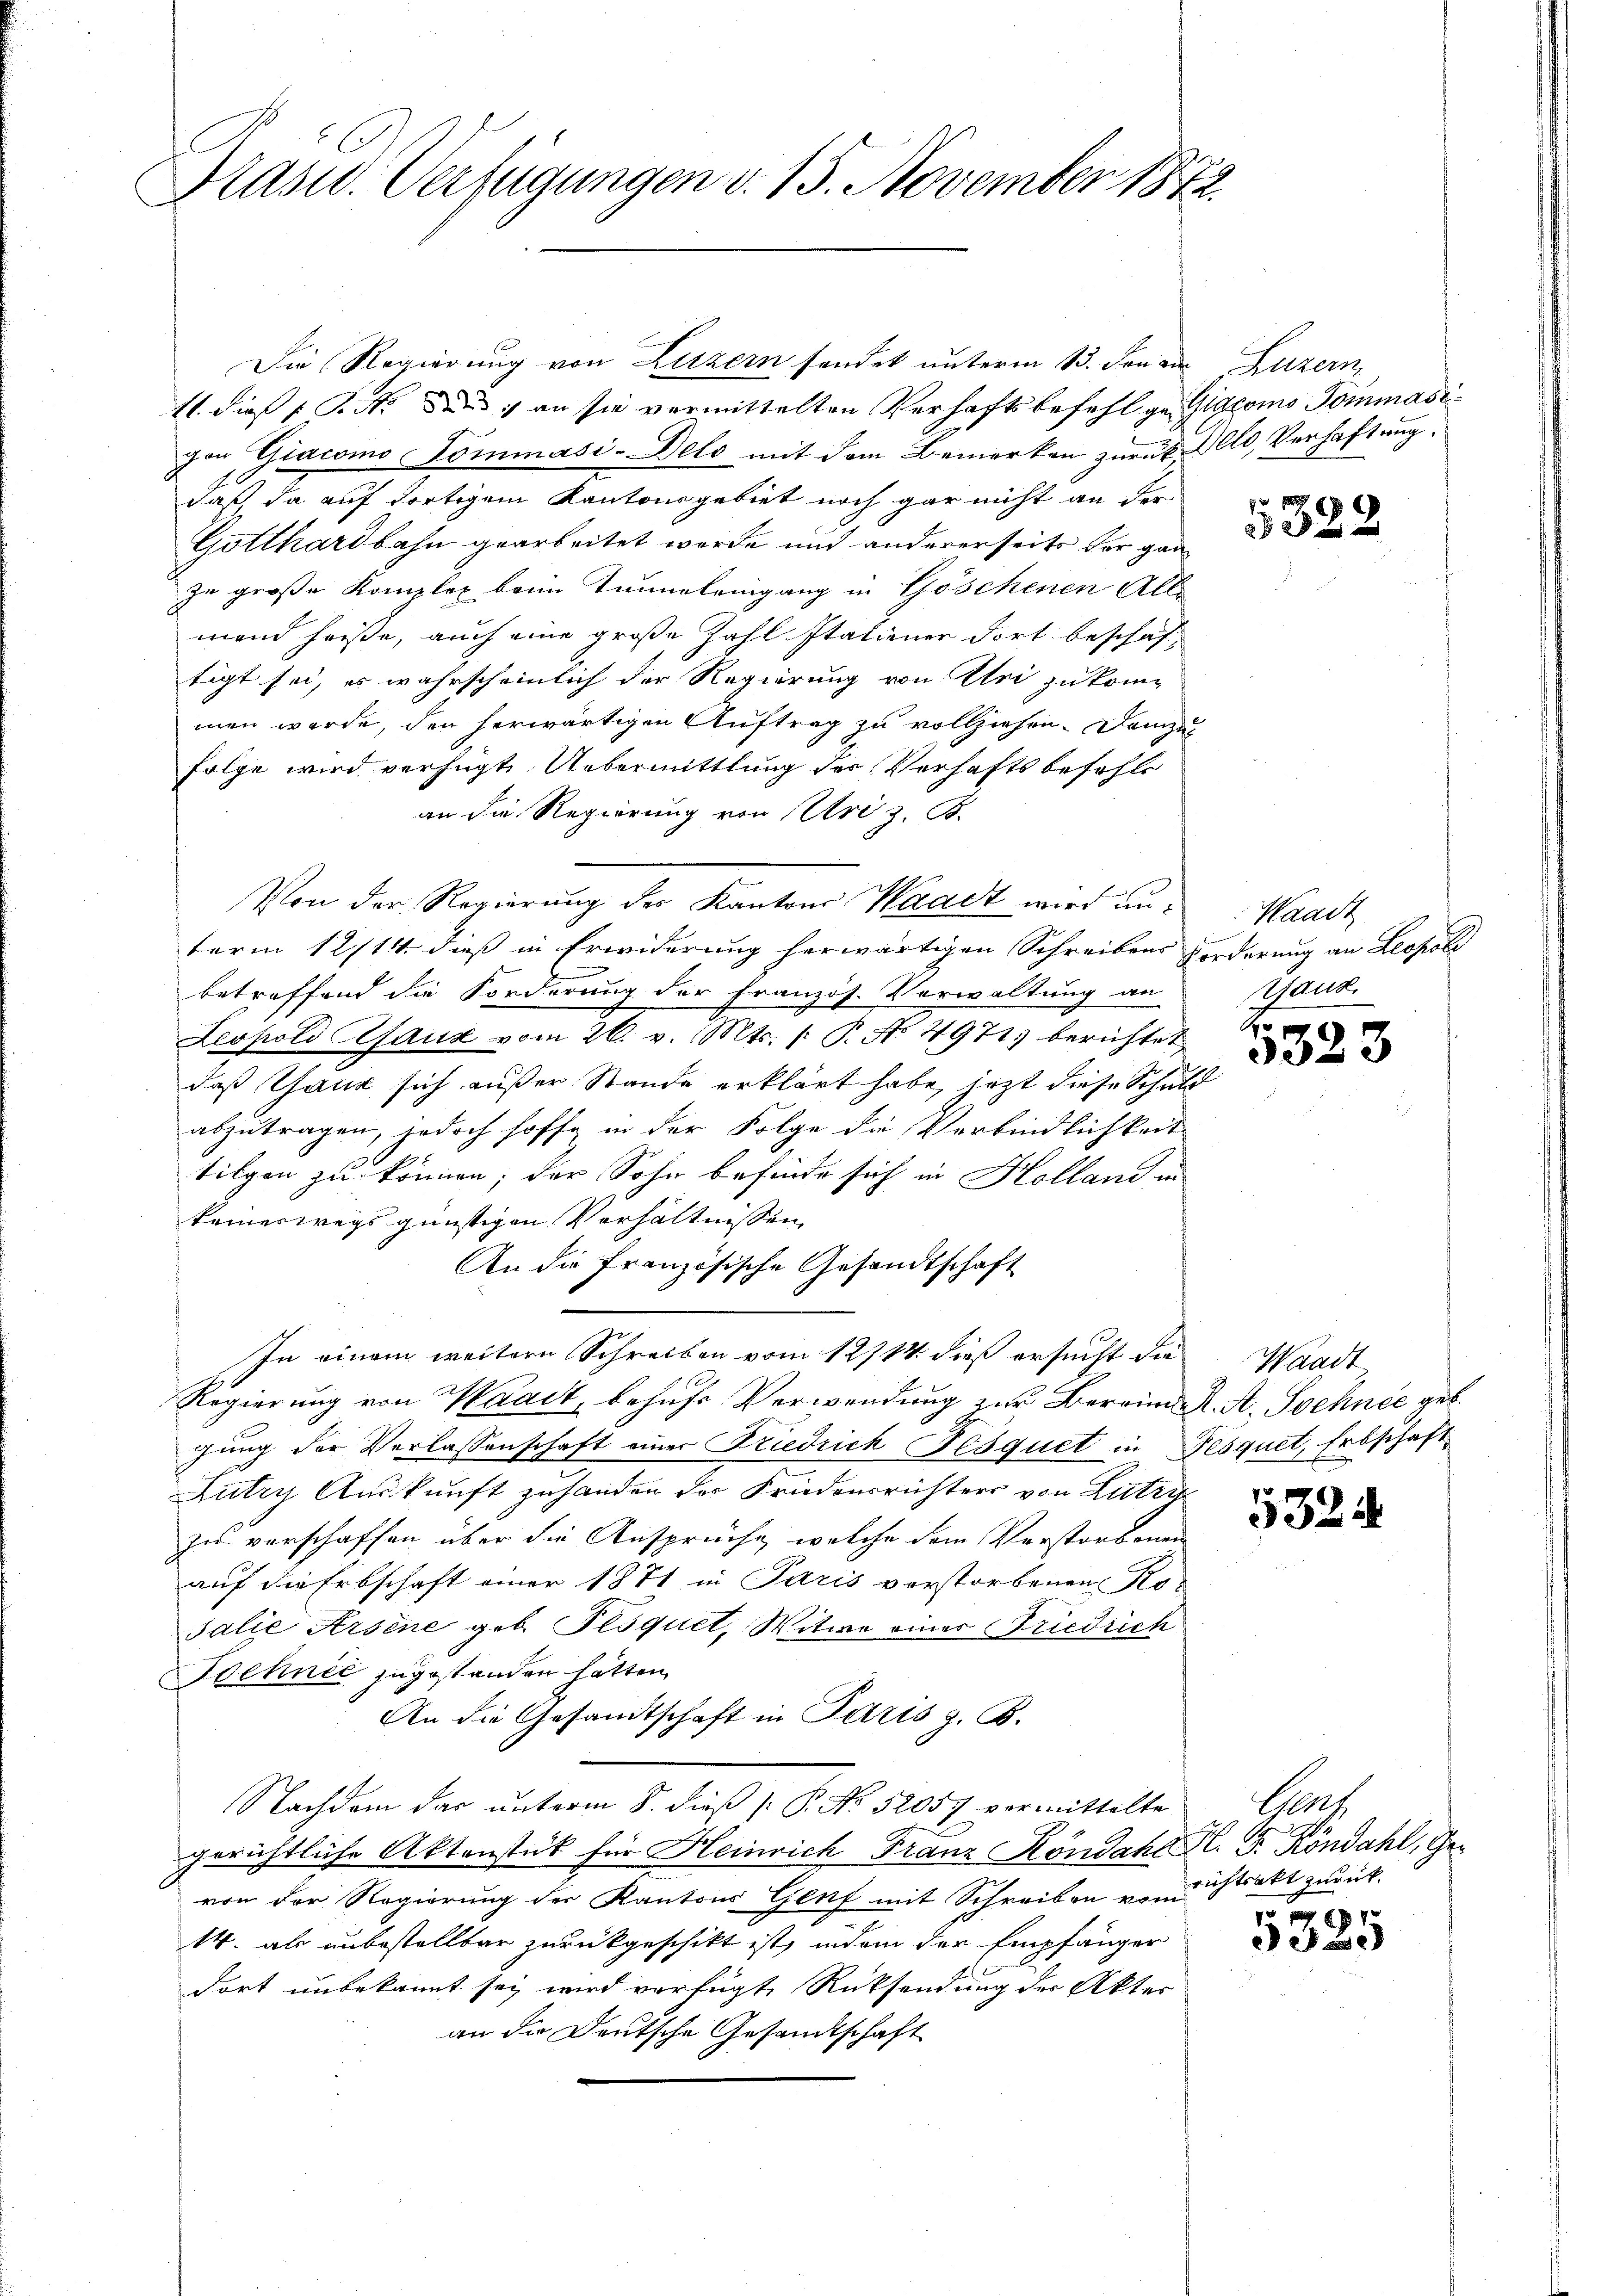
Präsid. Verfügungen d. 15. November 1872.

Die Regierung von Luzern sondet unterm 13. den an Luzern,
11. dies P. M. das an sie vermittelten Verhaftsbefehl ge- Giacomo dommasivon Giacomo Sömmasi-Delo mit dem Bemerken zurück. Allo, Verhaftung.
daß, da auf fortigem Kantonsgebiet noch gar nicht an der
Gotthardbahn gearbeitet werde und andererseits der ganz
zu große Komplex beim Tunneleingang in Göschenen Alle
mend heiße, auch eine große Zahl stationen dort beschaftigt sei, es wahrscheinlich der Regierung von Sei zukommen werde, den herwärtigen Auftrag zu vollziehen. Danzi
folge wird verfügte Uebermittlung der Verhaftsbefehls
an die Regierung von Uri z. B.
Von der Regierung des Kantons Waadt wird unterm 12/14. dieß in Erwiderung herwärtigen Schreibens Forderung an Leopoli
wer
betreffend die Forderung der französ. Verwaltung an
Leopold Afauz vom 26. v. Mts. 1. P. No 4971) berichtet
daß Tanz sich außer Stande erklärt habe, jezt diese Schuld
abzutragen, jedoch hoffe in der Folge die Verbindlichkeit
tilgen zu können; der Sohn befinde sich in Holland in
keineswegs günstigen Verhältnissen
An die französische Gesandtschaft
2
In einem weitere Schreiben vom 12/14. dieß ersucht die Waadt
Regierung von Waadt, behufs Verwendung zur Berein A. A. Schnee geb.
gung der Verlassenschaft einer Friedrich Fesquet in Fesquet, Erbschaft
Lutry Auskunft zu handen der Friedensrichters von Lutzig
zu verschaffen über die Ansprüche, welche dem Verstorbenen
auf die Erbschaft einer 1871 in Paris verstorbenen Ko-
salie Arsene geb. Fesquet, Witwe einer Friedrich
Fochnić zugestanden hätten.
An die Gesandtschaft in Paris z. B.
Nachdem dar unterm 8. dieß P. P. No. 52057 vermittelte
gerichtliche Aktenstück für Heinrich Franz Köndahl K. G. Köndahl, Gevon der Regierung der Kantons Genf mit Schreiben von strakt zurück-
14. als unbestellbar zurückgeschikt ist, indem der Empfänger
dort unbekannt sei wird verfügt, Rücksendung des Aktes
an die Deutsche Gesandtschaft

5322

Waadt
idus.
 f 0 x

d

5324

Cant

6
Pase